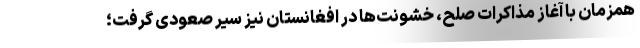
همزمان با آغاز مذاکرات صلح، خشونت‌ها در افغانستان نیز سیر صعودی گرفت؛